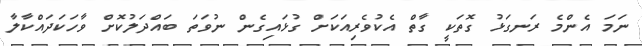
ނަމަ އެންމެ ރަނގަޅު ގޮތަކީ ގާތް އެކުވެރިއަކަށް ގުޅައިގެން ނުވަތަ ބައްދަލުކޮށް ވާހަކަދައްކާލާ